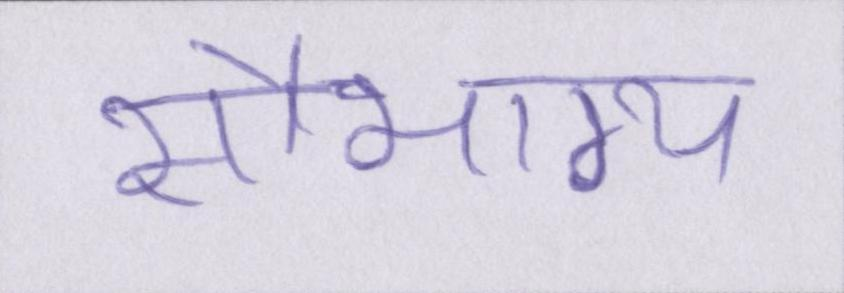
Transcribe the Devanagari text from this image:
सौभाग्य